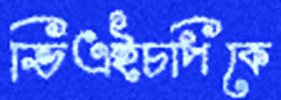
ভিএইচপিকে